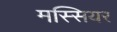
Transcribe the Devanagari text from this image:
मस्सियर